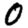
Digit: 0